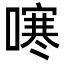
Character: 𭊻